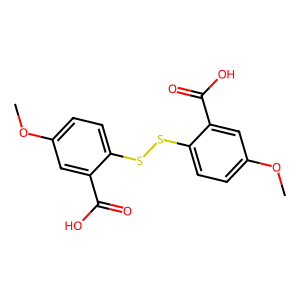
SMILES: COc1ccc(SSc2ccc(OC)cc2C(=O)O)c(C(=O)O)c1
Inhibits HIV replication: No